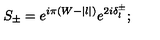
S _ { \pm } = e ^ { i \pi ( W - | l | ) } e ^ { 2 i \delta _ { l } ^ { \pm } } ;